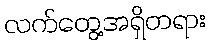
လက်တွေ့အရှိတရား